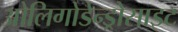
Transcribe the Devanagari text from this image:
ओलिगोडेन्ड्रोसाइट